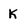
Character: K